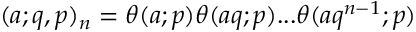
\displaystyle ( a ; q , p ) _ { n } = \theta ( a ; p ) \theta ( a q ; p ) . . . \theta ( a q ^ { n - 1 } ; p )